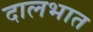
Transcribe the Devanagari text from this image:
दालभात